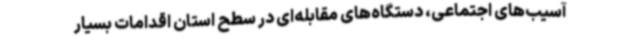
آسیب‌های اجتماعی، دستگاه‌های مقابله‌ای در سطح استان اقدامات بسیار